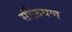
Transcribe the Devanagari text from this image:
संक्रियण